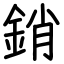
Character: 銷